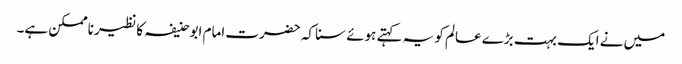
میں نے ایک بہت بڑے عالم کو یہ کہتے ہوئے سنا کہ حضرت امام ابوحنیفہ کا نظیر ناممکن ہے۔